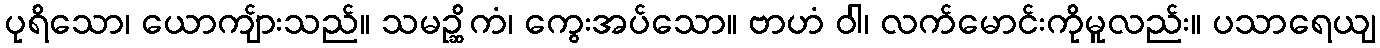
ပုရိသော၊ ယောကျ်ားသည်။ သမဉ္ဆိကံ၊ ကွေးအပ်သော။ ဗာဟံ ဝါ၊ လက်မောင်းကိုမူလည်း။ ပသာရေယျ